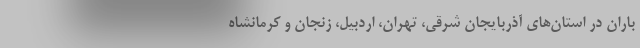
باران در استان‌های آذربایجان شرقی، تهران، اردبیل، زنجان و کرمانشاه